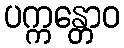
ပက္ကန္တောဝ